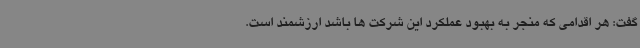
گفت: هر اقدامی که منجر به بهبود عملکرد این شرکت ها باشد ارزشمند است.